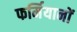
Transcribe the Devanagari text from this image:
फर्मियानों